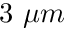
3 ~ \mu m